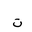
Letter: _ta